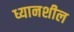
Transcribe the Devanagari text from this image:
ध्यानशील